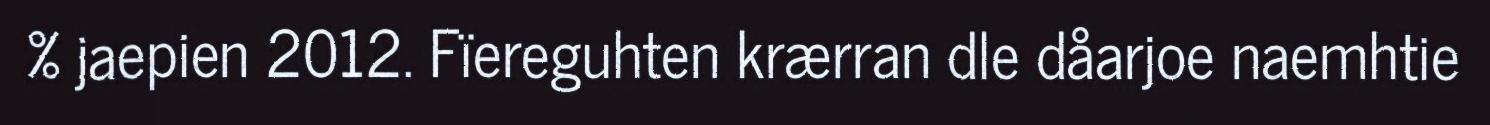
% jaepien 2012. Fïereguhten krærran dle dåarjoe naemhtie